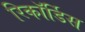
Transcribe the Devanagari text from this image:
रिकॉर्डिस